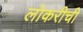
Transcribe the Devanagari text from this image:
लोकरीची